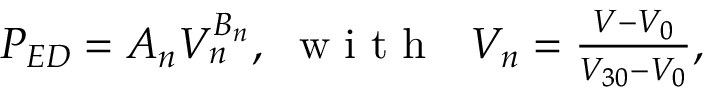
\begin{array} { r } { P _ { E D } = A _ { n } V _ { n } ^ { B _ { n } } , ~ \mathrm { ~ w ~ i ~ t ~ h ~ } ~ ~ V _ { n } = \frac { V - V _ { 0 } } { V _ { 3 0 } - V _ { 0 } } , } \end{array}